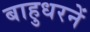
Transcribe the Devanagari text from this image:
बाहुधरनें